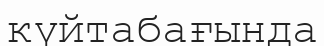
күйтабағында